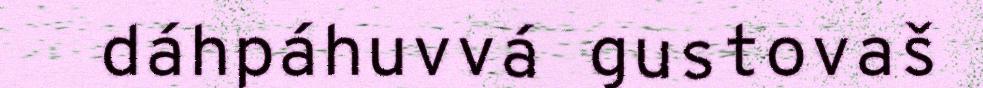
dáhpáhuvvá gustovaš